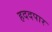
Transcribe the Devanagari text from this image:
हददपार